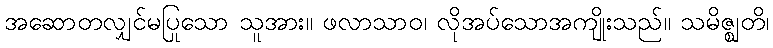
အဆောတလျှင်မပြုသော သူအား။ ဖလာသာဝ၊ လိုအပ်သောအကျိုးသည်။ သမိဇ္ဈတိ၊